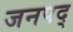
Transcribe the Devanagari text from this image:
जनपद्